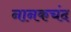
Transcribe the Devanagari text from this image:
नानकचंद